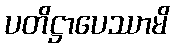
ပတိဋ္ဌာပေဿာမိ